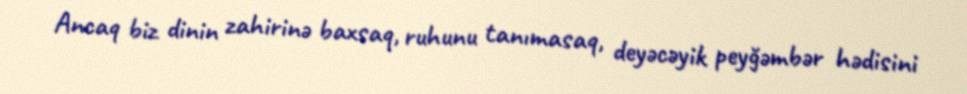
Ancaq biz dinin zahirinə baxsaq, ruhunu tanımasaq, deyəcəyik peyğəmbər hədisini